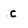
Character: c